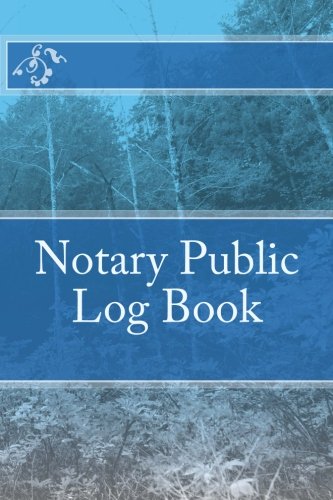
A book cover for Notary Public Log Book; Brian Scott Bowers; Business & Money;